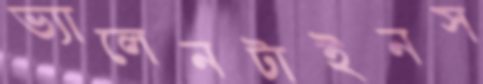
ভ্যালেনটাইনস